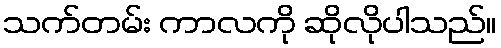
သက်တမ်း ကာလကို ဆိုလိုပါသည်။